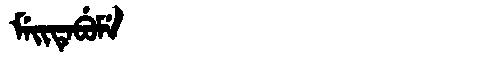
Manchu: ᠮᡝᡳᡨᡝᠪᡠᠮᡝ
Romanization: MEITEBUME